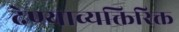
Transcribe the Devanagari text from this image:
देण्याव्यक्तिरिक्त